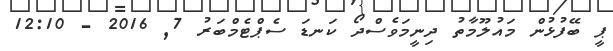
ޕީ ބޭފުޅުން މައުލޫމާތު ދިނީމަވެސްދޯ ކަނޑަ ސެޕްޓެމްބަރު 7